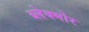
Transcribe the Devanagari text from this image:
ब्लेक्मोर